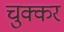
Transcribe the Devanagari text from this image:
चुक्कर